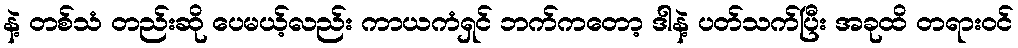
နဲ့ တစ်သံ တည်းဆို ပေမယ့်လည်း ကာယကံရှင် ဘက်ကတော့ ဒါနဲ့ ပတ်သက်ပြီး အခုထိ တရားဝင်